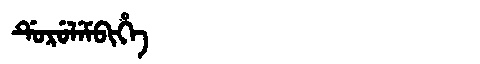
Manchu: ᡩᡠᡵᡠᠯᡝᠮᠪᡳᡥᡝ
Romanization: DURULEMBIHE